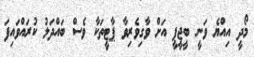
މޯދީ އިއްޔެ ވަނީ ބީޖީޕީ އަށް ވާގިވެރިވާ ޕާޓީތަކާ ވެސް ބައްދަލު ކުރައްވައިފަ